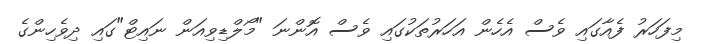
މިފަހަރު ފެއާގައި ވެސް އެހެން އަހަރުތަކުގައި ވެސް އޮންނަ "މޯލްޑިވިއަން ނައިޓް"ގައި ދިވެހިންގެ